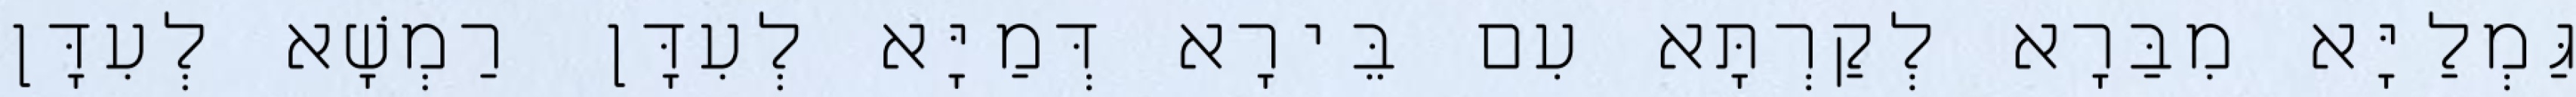
גַּמְלַיָּא מִבַּרָא לְקַרְתָּא עִם בֵּירָא דְּמַיָּא לְעִדָּן רַמְשָׁא לְעִדָּן